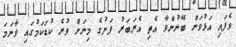
ވެފައި އަޅުވަން ބޭނުންވާ އެތި އެރަބަރު ފަށުގެ މިނަށް ވުރެ ކުޑަކަމުގައި ވާނަމަ